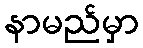
နာမည်မှာ